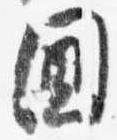
閫